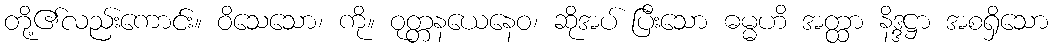
တို့၏လည်းကောင်း။ ဝိသေသော၊ ကို။ ဝုတ္တနယေနေဝ၊ ဆိုအပ် ပြီးသော ဓမ္မဟိ အတ္ထာ နိဒ္ဒဋ္ဌာ အစရှိသော